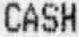
CASH